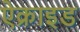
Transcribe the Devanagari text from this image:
ऐक्राइड